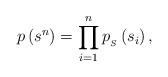
LaTeX: \begin{align*}p\left( s^n \right)=\prod_{i=1}^n p_{_S}\left( s_i\right) , \\\end{align*}